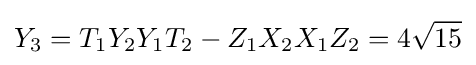
Y_{3}=T_{1}Y_{2}Y_{1}T_{2}-Z_{1}X_{2}X_{1}Z_{2}=4{\sqrt {15}}